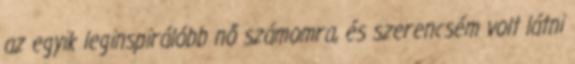
az egyik leginspirálóbb nő számomra, és szerencsém volt látni